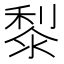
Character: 𪏭